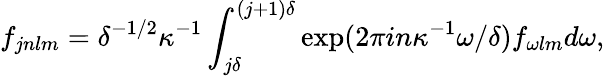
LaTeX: f_{jnlm}=\delta^{-1/2}\kappa^{-1}\int_{j\delta}^{(j+1)\delta}\exp(2\pi in\kappa^{-1}\omega/\delta)f_{\omega lm}d\omega,